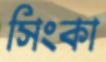
সিংকা